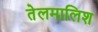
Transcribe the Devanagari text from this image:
तेलमालिश